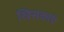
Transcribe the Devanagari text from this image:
खिसकाएं